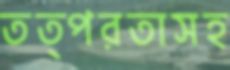
তত্পরতাসহ